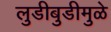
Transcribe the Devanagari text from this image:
लुडीबुडीमुळे